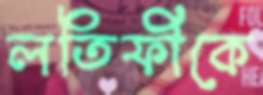
লতিফীকে